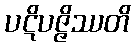
ပဋိပဇ္ဇိဿတိ